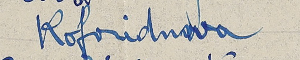
Roforidnova